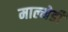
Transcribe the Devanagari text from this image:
माल्मेडी